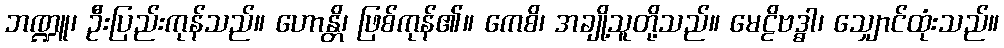
ဘဏ္ဍူ၊ ဦးပြည်းကုန်သည်။ ဟောန္တိ၊ ဖြစ်ကုန်၏။ ကေစိ၊ အချို့သူတို့သည်။ မေဠိဗဒ္ဓါ၊ သျှောင်ထုံးသည်။